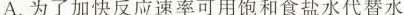
A. 为了加快反应速率可用饱和食盐水代替水